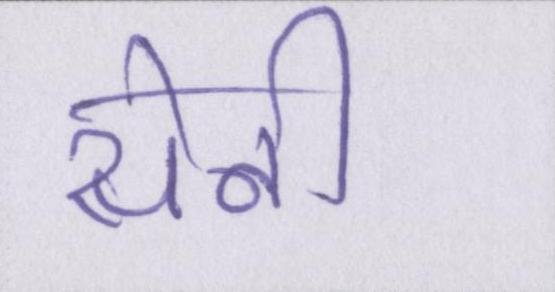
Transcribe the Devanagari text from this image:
सेनी